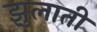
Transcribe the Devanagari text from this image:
झुलाती